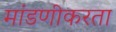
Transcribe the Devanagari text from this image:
मांडणीकरता